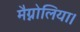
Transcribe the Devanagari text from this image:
मैग्नोलिया।